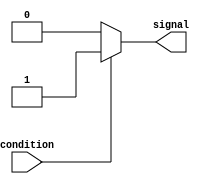
module SimpleAssign(
  input wire condition,
  output reg signal
);

  always @* begin
    if(condition) begin
      signal <= 1'b1;
    end else begin
      signal <= 1'b0;
    end
  end

endmodule